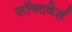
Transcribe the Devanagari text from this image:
सॉफ्टवेर्स